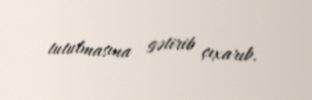
tutulmasına gətirib çıxarıb.